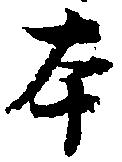
本